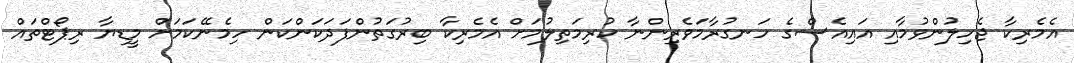
އެމެރިކާ ޖެހިލުންވުމާއި އައިއެސްގެ ހަނގުރާމަވެރިންނާ ކުރިމަތިލުމަށް އެމެރިކާ ބިރުގަތުންފަދަކަންކަން ހިމެނޭކަމަށް މީޑިޔާ ރިޕޯޓްތައް